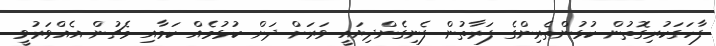
ފާހަގަކުރިގޮތުން ކުޅުންތެރިންގެ ފަރާތުން ފެނިގެންދިޔައީ ވަރަށް ދަށް ކުޅުމެއް ކަމާއި މެޗުން އެއްވަރުވީ